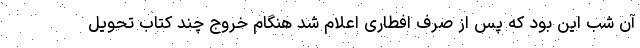
آن شب این بود که پس از صرف افطاری اعلام شد هنگام خروج چند کتاب تحویل